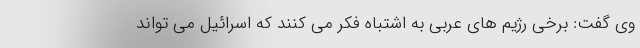
وی گفت: برخی رژیم های عربی به اشتباه فکر می کنند که اسرائیل می تواند